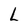
Character: L